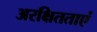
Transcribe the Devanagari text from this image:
अरक्षितताएं